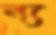
ব্য